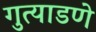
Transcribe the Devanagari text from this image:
गुत्याडणे